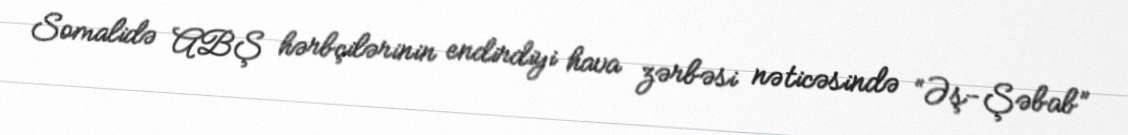
Somalidə ABŞ hərbçilərinin endirdiyi hava zərbəsi nəticəsində “Əş-Şəbab”